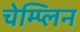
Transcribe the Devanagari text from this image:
चेम्प्लिन